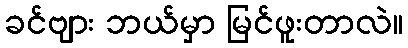
ခင်ဗျား ဘယ်မှာ မြင်ဖူးတာလဲ။